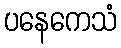
ပနေကေသံ